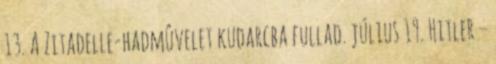
13. A Zitadelle-hadmûvelet kudarcba fullad. július 19. Hitler –